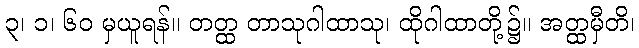
၃၊ ၁၊ ၆၀ မှယူရန်။ တတ္ထ တာသုဂါထာသု၊ ထိုဂါထာတို့၌။ အတ္ထမှီတိ၊